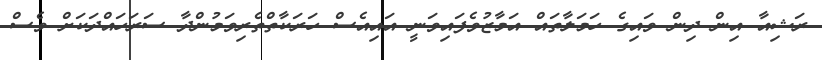
ރަޝިއާ އިން ދިން ވައިގެ ހަމަލާތައް އަމާޒުވެފައިވަނީ އައިއެސް ހަރަކާތްތެރިވަމުންދާ ސަރަހައްދަކަށް ވެސް